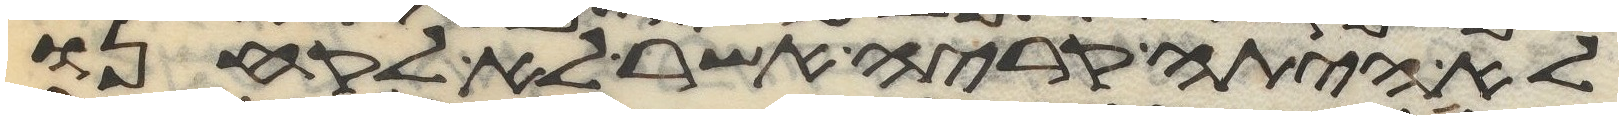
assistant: לא היתה קריה אשר לא לקחנו